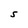
Character: S